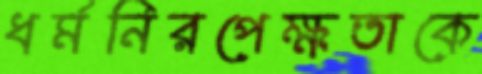
ধর্মনিরপেক্ষতাকে